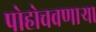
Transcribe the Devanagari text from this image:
पोहोचवणार्‍या